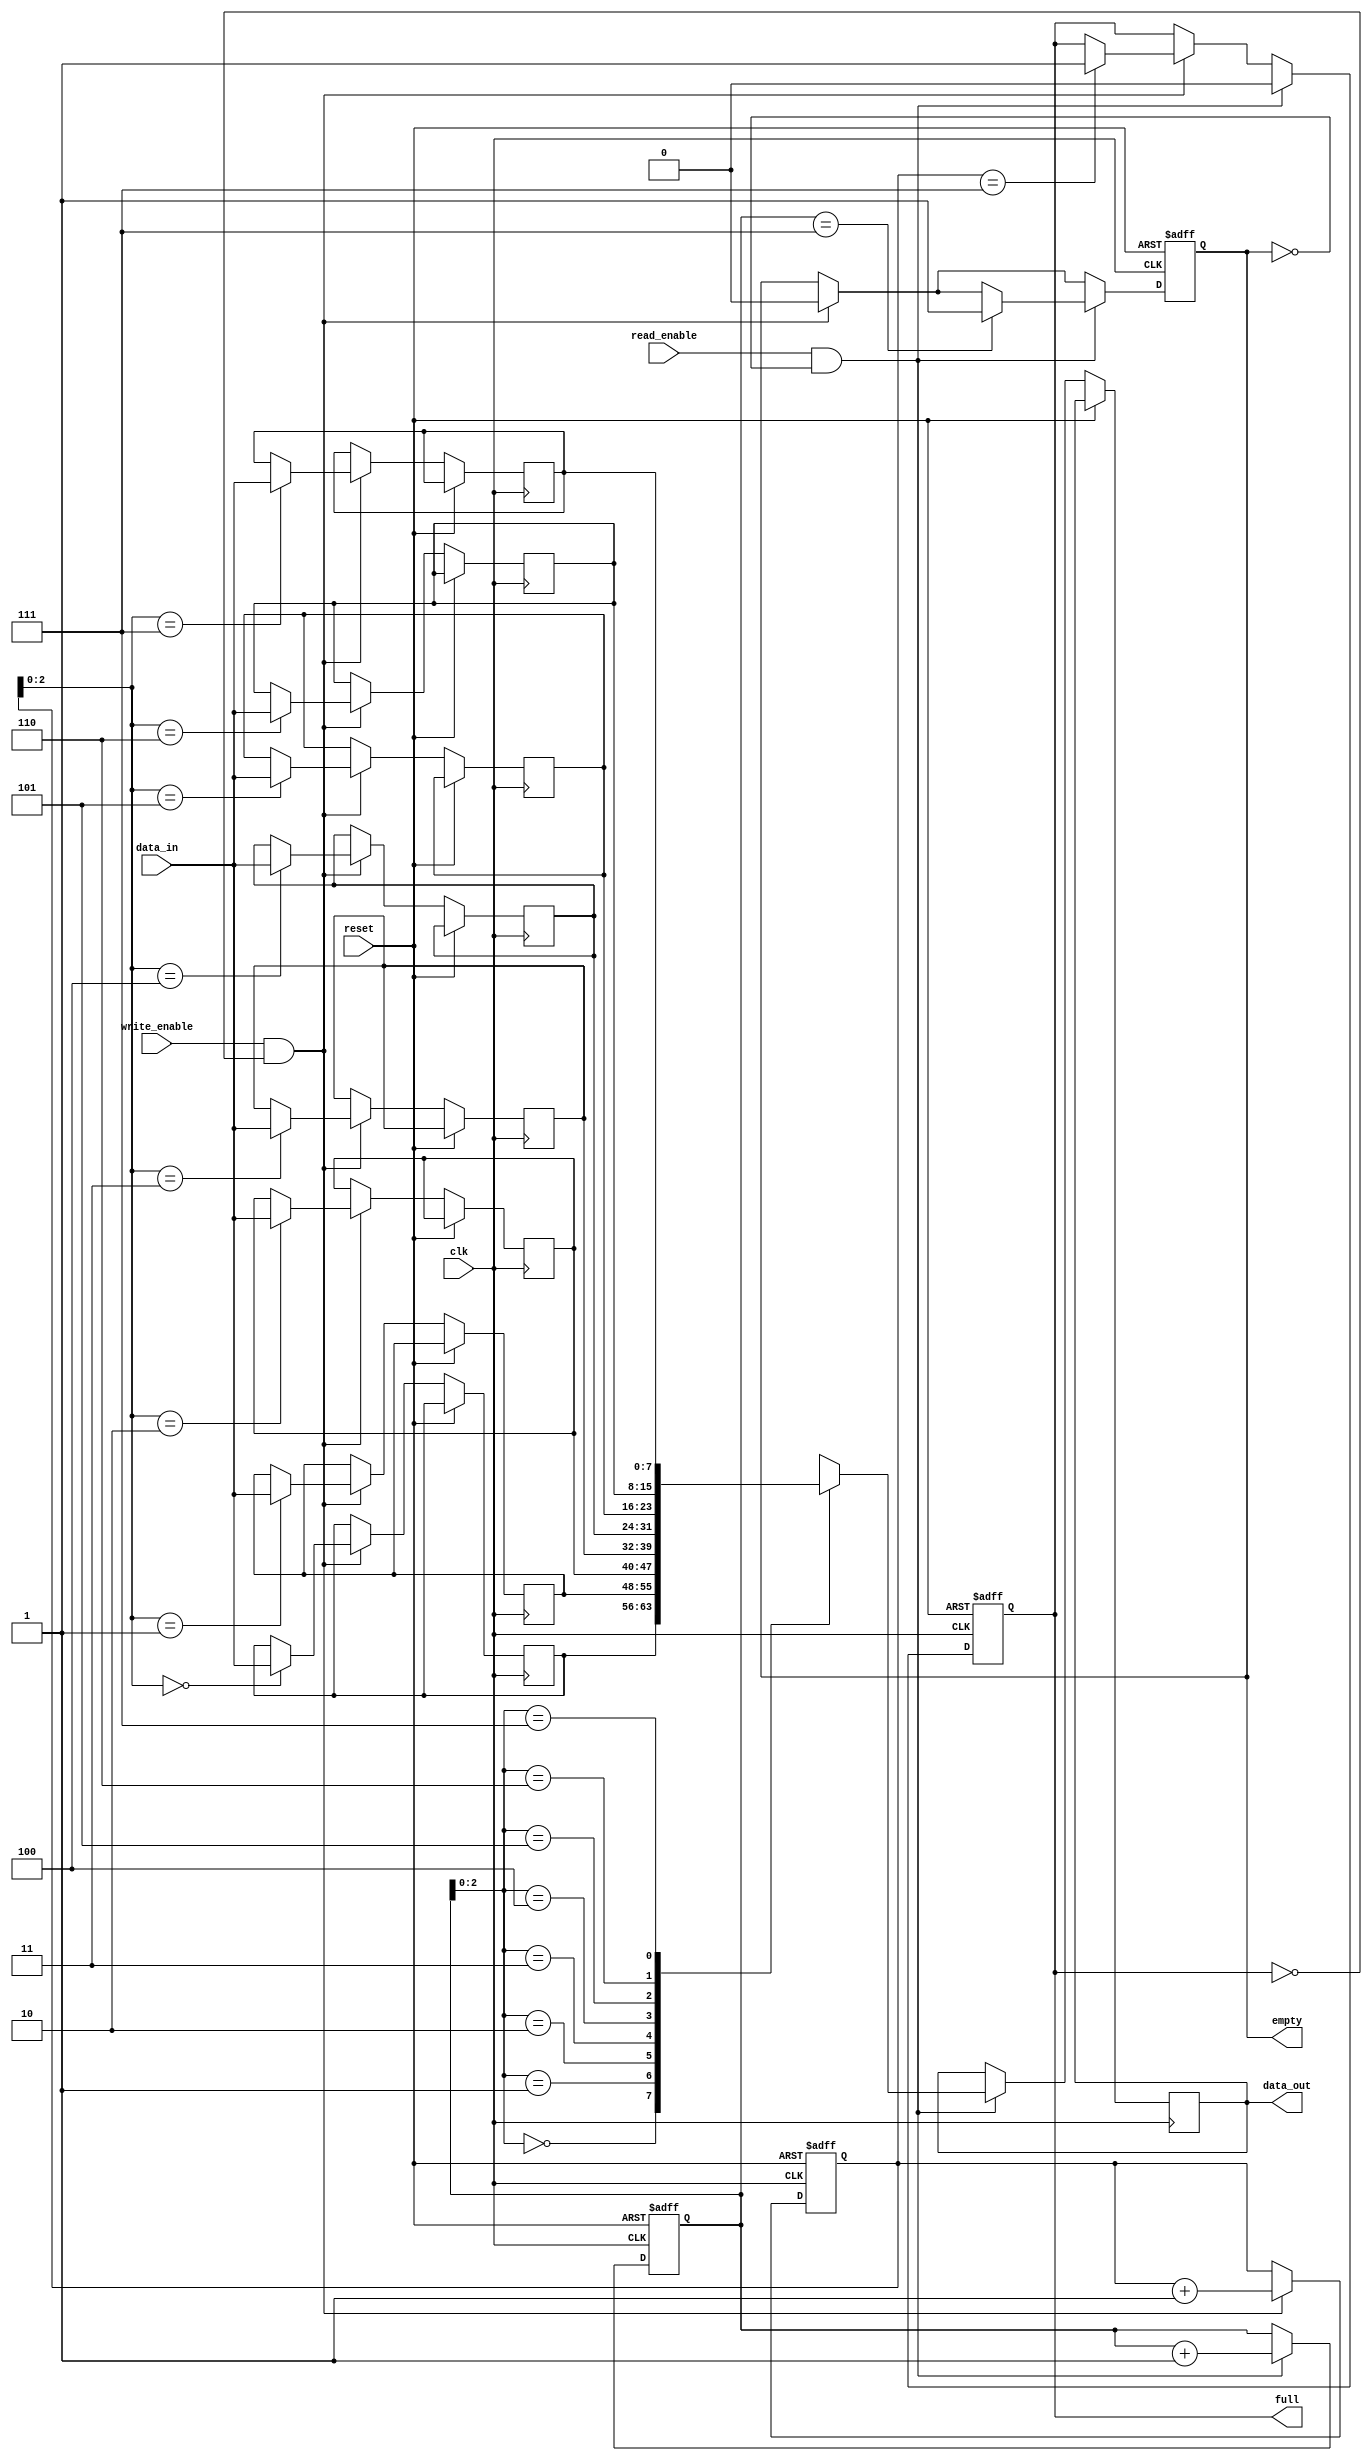
module fifo_buffer (
    input wire clk,
    input wire reset,
    input wire write_enable,
    input wire read_enable,
    input wire [DATA_WIDTH-1:0] data_in,
    output reg [DATA_WIDTH-1:0] data_out,
    output reg full,
    output reg empty
);

parameter DEPTH = 8;
parameter DATA_WIDTH = 8;

reg [DATA_WIDTH-1:0] buffer [0:DEPTH-1];
reg [DEPTH-1:0] read_pointer;
reg [DEPTH-1:0] write_pointer;

initial begin
    read_pointer = 0;
    write_pointer = 0;
    full = 0;
    empty = 1;
end

always @(posedge clk or posedge reset) begin
    if (reset) begin
        read_pointer <= 0;
        write_pointer <= 0;
        full <= 0;
        empty <= 1;
    end else begin
        if (write_enable && !full) begin
            buffer[write_pointer] <= data_in;
            write_pointer <= write_pointer + 1;
            if (write_pointer == DEPTH-1)
                full <= 1;
            empty <= 0; 
        end

        if (read_enable && !empty) begin
            data_out <= buffer[read_pointer];
            read_pointer <= read_pointer + 1;
            if (read_pointer == DEPTH-1)
                empty <= 1;
            full <= 0;
        end
    end
end

endmodule